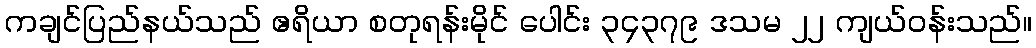
ကချင်ပြည်နယ်သည် ဧရိယာ စတုရန်းမိုင် ပေါင်း ၃၄၃၇၉ ဒသမ ၂၂ ကျယ်ဝန်းသည်။